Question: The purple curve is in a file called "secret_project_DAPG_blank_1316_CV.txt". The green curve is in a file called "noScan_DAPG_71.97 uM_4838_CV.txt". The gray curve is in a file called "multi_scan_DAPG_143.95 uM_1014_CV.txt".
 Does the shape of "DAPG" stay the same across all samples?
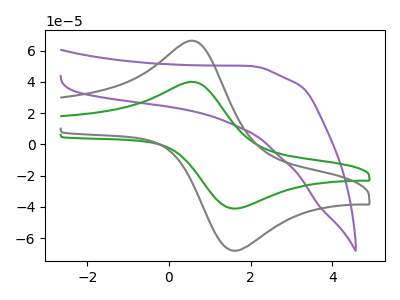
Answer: <think>The purple curve "DAPG, blank" has no peaks. The green curve "DAPG, 71.97 uM" has an anodic peak at (0.65V, 39.75uA) and a cathodic peak at (1.65V, -41.00uA). The gray curve "DAPG, 143.95 uM" has an anodic peak at (0.65V, 65.90uA) and a cathodic peak at (1.65V, -67.90uA).
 "DAPG, blank" and "DAPG, 71.97 uM" have a different number of peaks. "DAPG, blank" and "DAPG, 143.95 uM" have a different number of peaks. All the peaks in "DAPG, 71.97 uM" have a peak in "DAPG, 143.95 uM" at the same potential. Every peak in "DAPG, 71.97 uM" is lower than every peak in "DAPG, 143.95 uM".</think>
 <answer>All the CV's of "DAPG" have similar shape.</answer>
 <eval>follow_rule</eval>